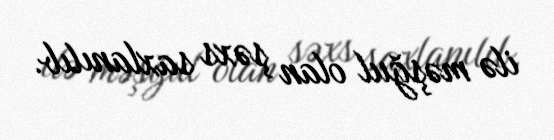
ilə məşğul olan şəxs saxlanılıb.